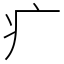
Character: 疒